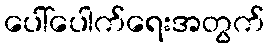
ပေါ်ပေါက်ရေးအတွက်